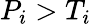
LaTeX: P_{i}>T_{i}